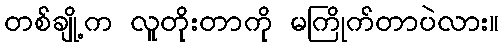
တစ်ချို့က လူတိုးတာကို မကြိုက်တာပဲလား။